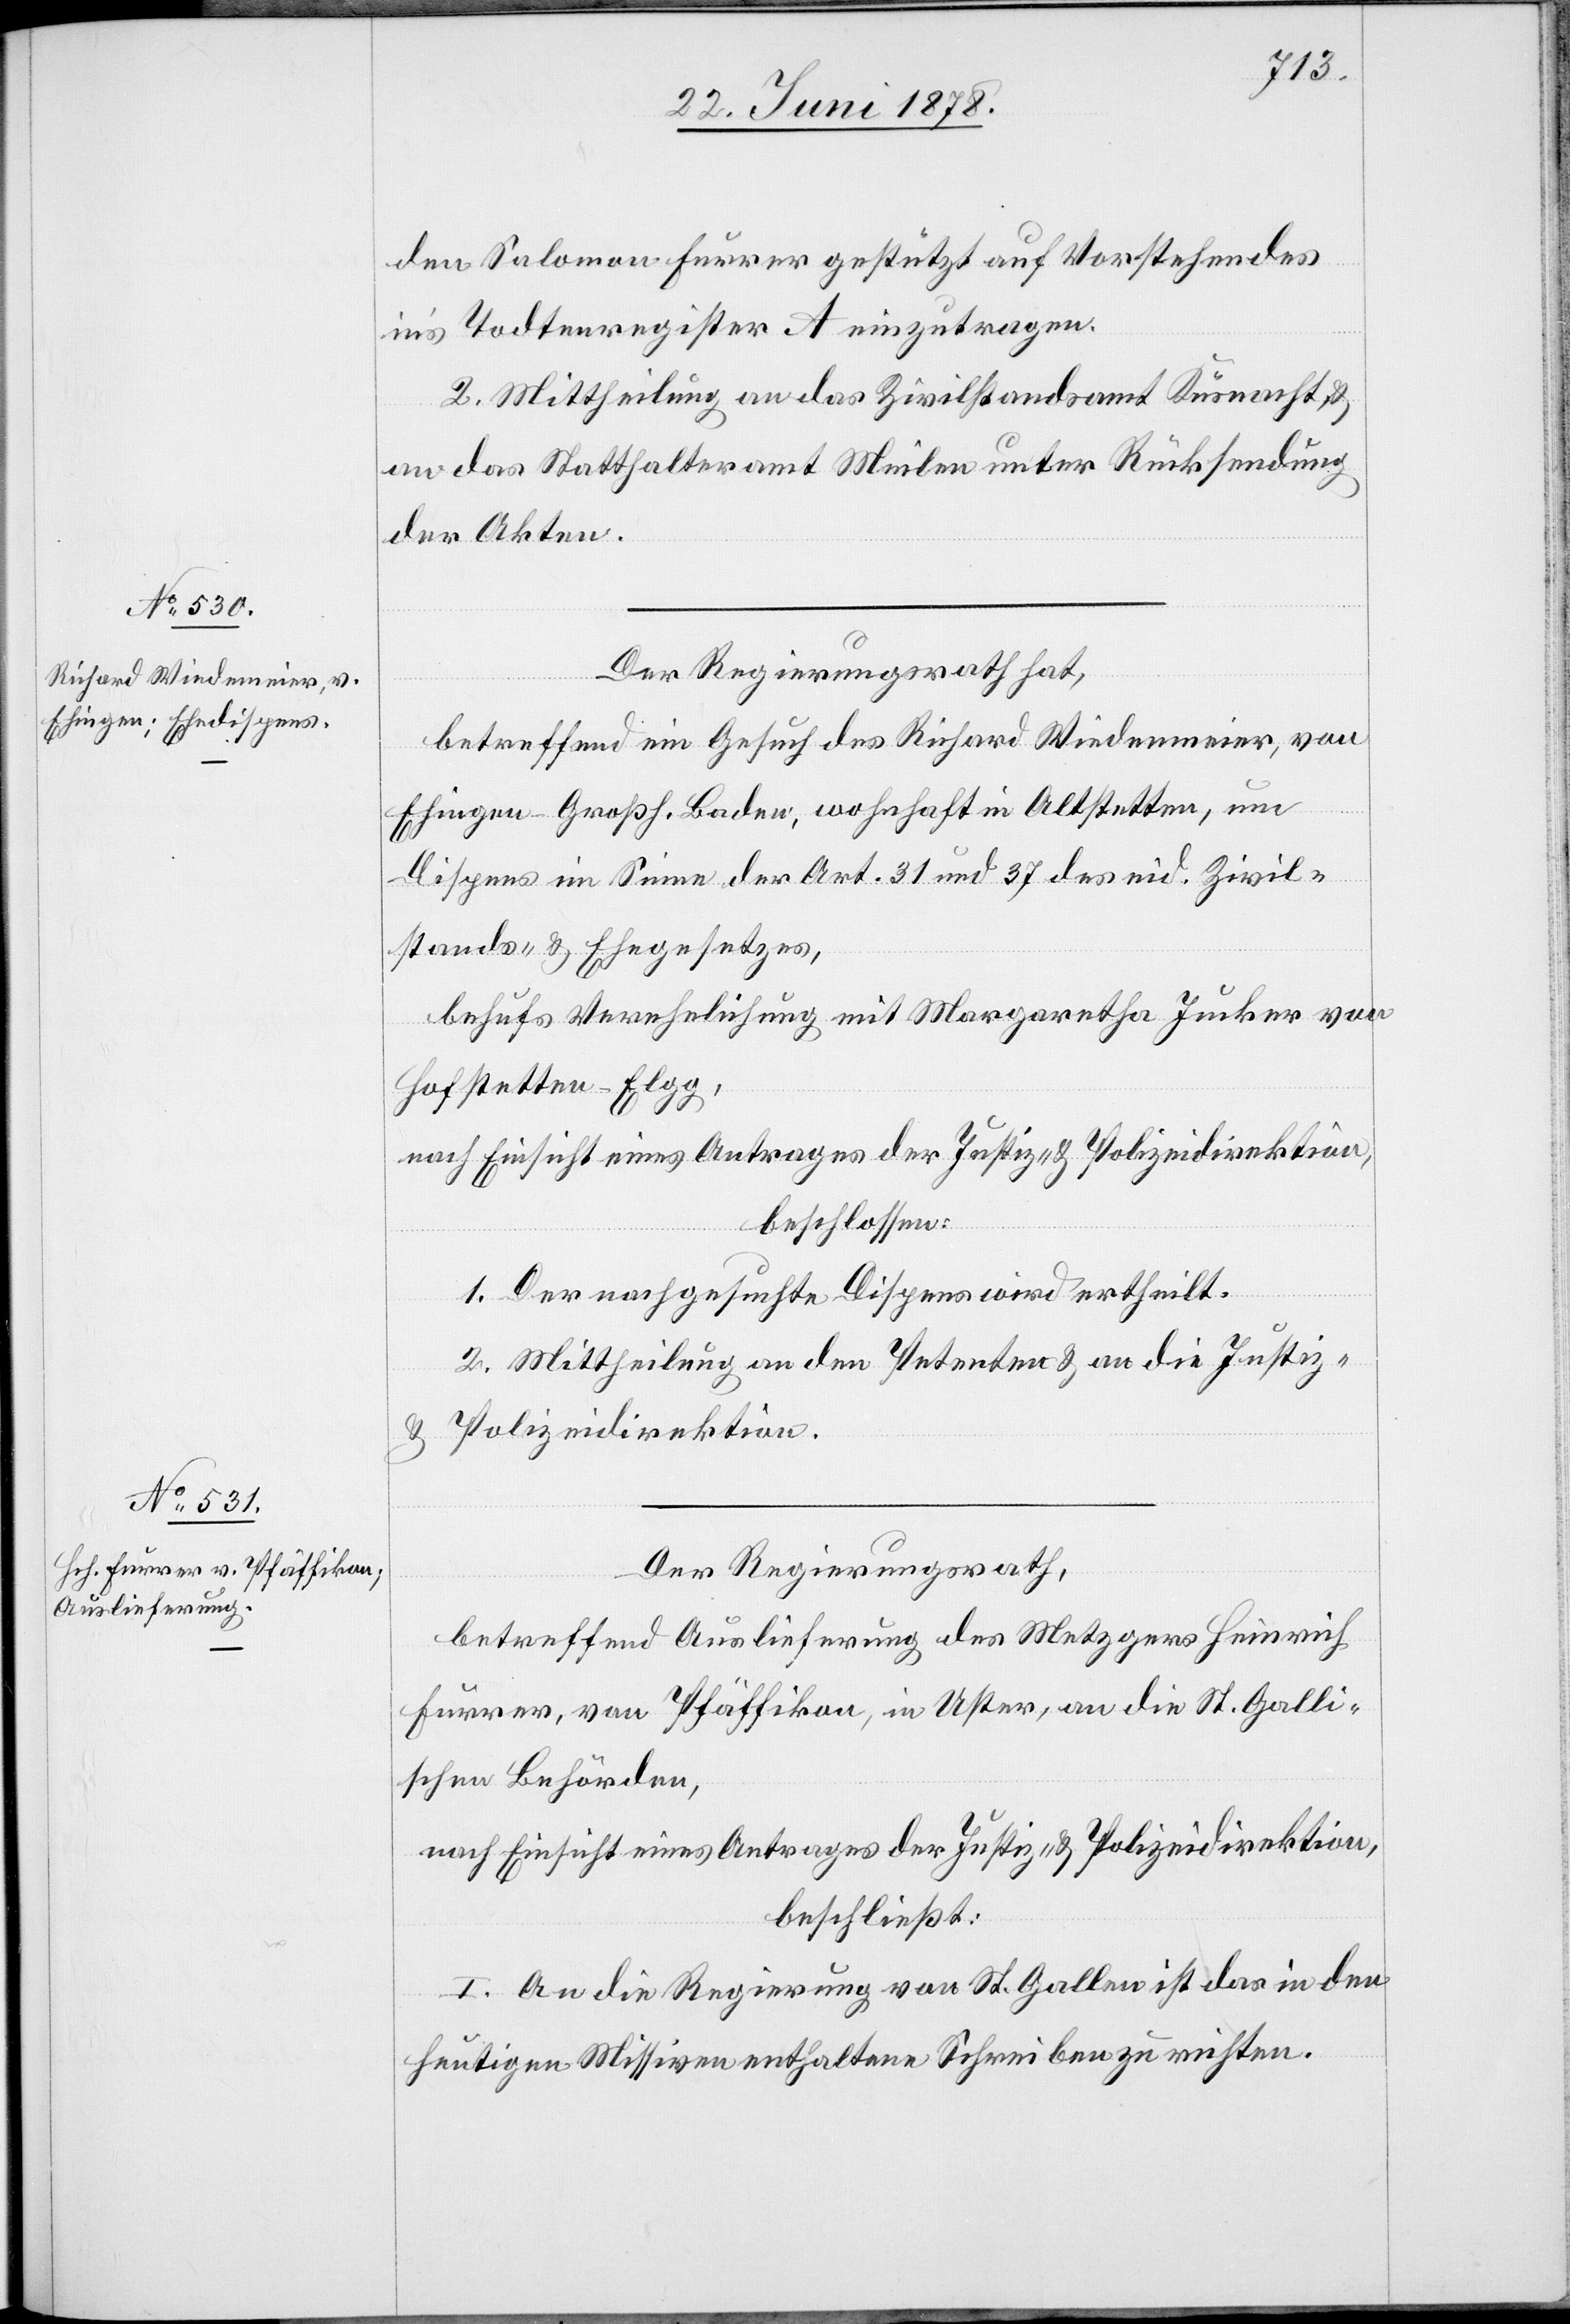
den Salomon Furrer gestützt auf Vorstehendes
in’s Todtenregister A einzutragen.
2. Mittheilung an das Zivilstandsamt Küsnacht &
an das Statthalteramt Meilen unter Rücksendung
der Akten.
Der Regierungsrath hat,
betreffend ein Gesuch des Richard Wiedenmeier, von
Ehingen - Großh. Baden, wohnhaft in Altstetten, um
Dispens im Sinne der Art. 31 und 37 des eid. Zivil¬
stands- & Ehegesetzes,
behufs Verehelichung mit Margaretha Jucker von
Hofstetten - Elgg,
nach Einsicht eines Antrages der Justiz- & Polizeidirektion,
beschlossen:
1. Der nachgesuchte Dispens wird ertheilt.
2. Mittheilung an den Petenten & an die Justiz-
& Polizeidirektion.
Der Regierungsrath,
betreffend Auslieferung des Metzgers Heinrich
Furrer, von Pfäffikon, in Uster, an die St. Galli¬
schen Behörden,
nach Einsicht eines Antrages der Justiz- & Polizeidirektion,
beschließt:
I. An die Regierung von St. Gallen ist das in den
heutigen Missiven enthaltene Schreiben zu richten.